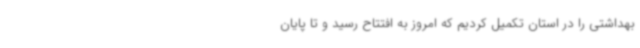
بهداشتی را در استان تکمیل کردیم که امروز به افتتاح رسید و تا پایان